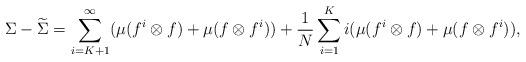
LaTeX: \begin{align*}\Sigma - \widetilde\Sigma = \sum_{i= K+1}^{\infty} (\mu(f^i \otimes f) + \mu(f \otimes f^i)) + \frac1N\sum_{i= 1}^{K} i (\mu(f^i \otimes f) + \mu(f \otimes f^i)),\end{align*}